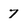
Character: 7